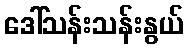
ဒေါ်သန်းသန်းနွယ်